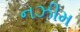
નઝીમ